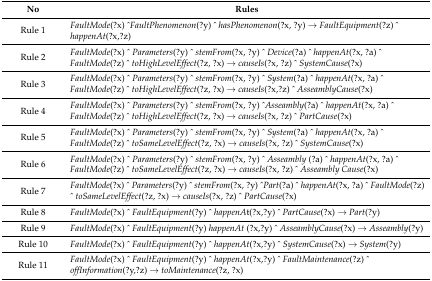
<table><thead><tr><td><b>No</b></td><td><b>Rules</b></td></tr></thead><tbody><tr><td>Rule 1</td><td><i>FaultMode</i>(?x) ^<i>FaultPhenomenon</i>(?y) ^ <i>hasPhenomenon</i>(?x, ?y) → <i>FaultEquipment</i>(?z) ^ <i>happenAt</i>(?x,?z)</td></tr><tr><td>Rule 2</td><td><i>FaultMode</i>(?x) ^ <i>Parameters</i>(?y) ^ <i>stemFrom</i>(?x, ?y) ^ <i>Device</i>(?a) ^ <i>happenAt</i>(?x, ?a) ^ <i>FaultMode</i>(?z) ^ <i>toHighLevelEffect</i>(?z, ?x) → <i>causeIs</i>(?x, ?z) ^ <i>SystemCause</i>(?x)</td></tr><tr><td>Rule 3</td><td><i>FaultMode</i>(?x) ^ <i>Parameters</i>(?y) ^ <i>stemFrom</i>(?x, ?y) ^ <i>System</i>(?a) ^ <i>happenAt</i>(?x, ?a) ^ <i>FaultMode</i>(?z) ^ <i>toHighLevelEffect</i>(?z, ?x) → <i>causeIs</i>(?x,?z) ^ <i>AsseamblyCause</i>(?x)</td></tr><tr><td>Rule 4</td><td><i>FaultMode</i>(?x) ^ <i>Parameters</i>(?y) ^ <i>stemFrom</i>(?x, ?y) ^<i>Asseambly</i>(?a) ^ <i>happenAt</i>(?x, ?a) ^ <i>FaultMode</i>(?z) ^ <i>toHighLevelEffect</i>(?z, ?x) → <i>causeIs</i>(?x, ?z) ^ <i>PartCause</i>(?x)</td></tr><tr><td>Rule 5</td><td><i>FaultMode</i>(?x) ^ <i>Parameters</i>(?y) ^ <i>stemFrom</i>(?x, ?y) ^ <i>System</i>(?a) ^ <i>happenAt</i>(?x, ?a) ^ <i>FaultMode</i>(?z) ^ <i>toSameLevelEffect</i>(?z, ?x) → <i>causeIs</i>(?x, ?z) ^ <i>SystemCause</i>(?x)</td></tr><tr><td>Rule 6</td><td><i>FaultMode</i>(?x) ^ <i>Parameters</i>(?y) ^ <i>stemFrom</i>(?x, ?y) ^ <i>Asseambly</i> (?a) ^ <i>happenAt</i>(?x, ?a) ^ <i>FaultMode</i>(?z) ^ <i>toSameLevelEffect</i>(?z, ?x) → <i>causeIs</i>(?x, ?z) ^ <i>Asseambly Cause</i>(?x)</td></tr><tr><td>Rule 7</td><td><i>FaultMode</i>(?x) ^ <i>Parameters</i>(?y) ^ <i>stemFrom</i>(?x, ?y) ^<i>Part</i>(?a) ^ <i>happenAt</i>(?x, ?a) ^ <i>FaultMode</i>(?z) ^ <i>toSameLevelEffect</i>(?z, ?x) → <i>causeIs</i>(?x, ?z) ^ <i>PartCause</i>(?x)</td></tr><tr><td>Rule 8</td><td><i>FaultMode</i>(?x) ^ <i>FaultEquipment</i>(?y) ^ <i>happenA</i>t(?x,?y) ^ <i>PartCause</i>(?x) → <i>Part</i>(?y)</td></tr><tr><td>Rule 9</td><td><i>FaultMode</i>(?x) ^ <i>FaultEquipment</i>(?y) <i>happenAt</i> (?x,?y) ^ <i>AsseamblyCause</i>(?x) → <i>Asseambly</i>(?y)</td></tr><tr><td>Rule 10</td><td><i>FaultMode</i>(?x) ^ <i>FaultEquipment</i>(?y) ^ <i>happenAt</i>(?x,?y) ^ <i>SystemCause</i>(?x) → <i>System</i>(?y)</td></tr><tr><td>Rule 11</td><td><i>FaultMode</i>(?x) ^ <i>FaultEquipment</i>(?y) ^ <i>happenAt</i>(?x,?y) ^ <i>FaultMaintenance</i>(?z) ^ <i>offInformation</i>(?y,?z) → <i>toMaintenance</i>(?z, ?x)</td></tr></tbody></table>